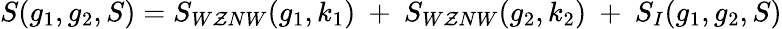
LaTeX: S(g_{1},g_{2},S)=S_{W\mathcal{Z}NW}(g_{1},k_{1})~+~S_{W\mathcal{Z}NW}(g_{2},k_{2})~+~S_{I}(g_{1},g_{2},S)